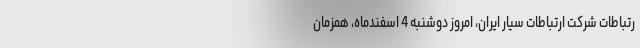
رتباطات شرکت ارتباطات سیار ایران، امروز دوشنبه 4 اسفندماه، همزمان